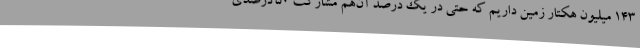
143 میلیون هکتار زمین داریم که حتی در یک درصد آن‌هم مشارکت 50 درصدی